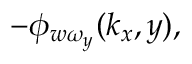
- \phi _ { w \omega _ { y } } ( k _ { x } , y ) ,